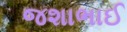
જશાભાઈ